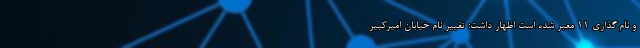
و نام گذاری ۱۱ معبر شده است اظهار داشت: تغییر نام خیابان امیرکبیر